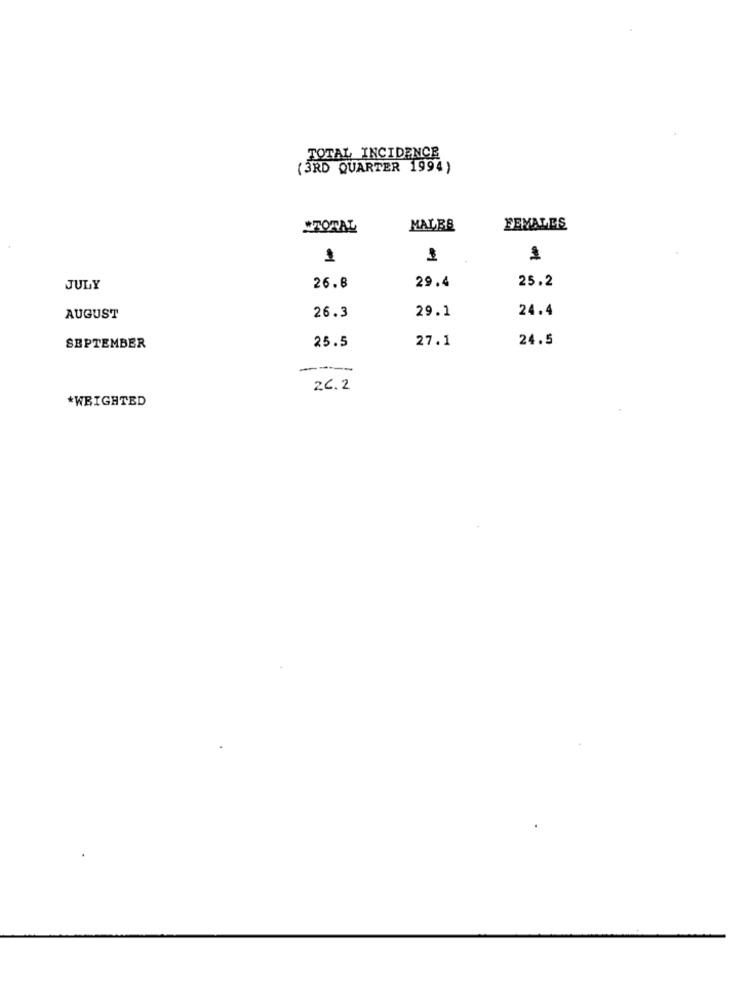
TOTAL INCIDENCE
(3RD QUARTER 1994)
#TOTAL
MALES
FEMALES
1
1
29.4
JULY
26.8
25.2
29.1
24.4
AUGUST
26.3
25.5
27.1
24.5
SEPTEMBER
---
26.2
*WEIGHTED